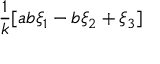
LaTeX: \frac { 1 } { k } [ a b \xi _ { 1 } - b \xi _ { 2 } + \xi _ { 3 } ]